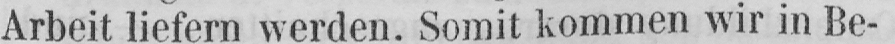
Arbeit liefern werden. Somit kommen wir in Be-